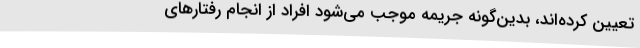
تعیین کرده‌اند، بدین‌گونه جریمه موجب می‌شود افراد از انجام رفتارهای